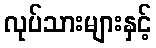
လုပ်သားများနှင့်